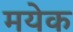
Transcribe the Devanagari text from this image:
मयेक